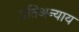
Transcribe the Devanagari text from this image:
प्रतिअन्याय